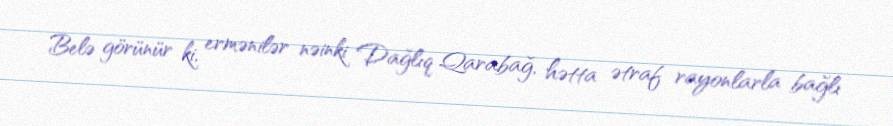
Belə görünür ki, ermənilər nəinki Dağlıq Qarabağ, hətta ətraf rayonlarla bağlı